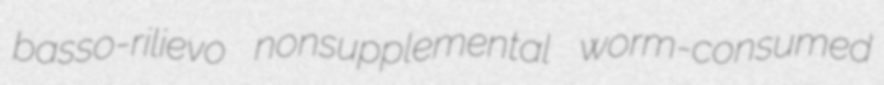
basso-rilievo nonsupplemental worm-consumed